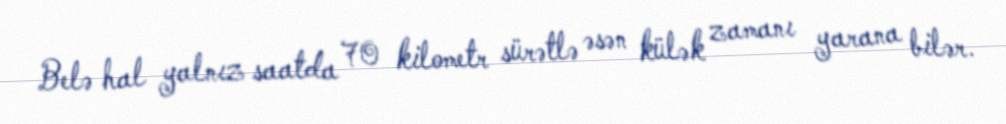
Belə hal yalnız saatda 70 kilometr sürətlə əsən külək zamanı yarana bilər.